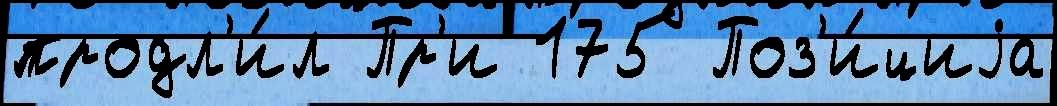
продл'и́л Пр'и 175 Поз'и́циjа